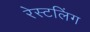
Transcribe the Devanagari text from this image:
रेस्टलिंग